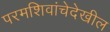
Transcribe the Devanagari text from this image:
परमशिवांचेदेखील